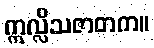
ဣလ္လိသဇာတက။